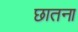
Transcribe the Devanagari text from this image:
छातना